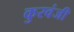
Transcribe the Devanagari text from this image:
कुरवंजी